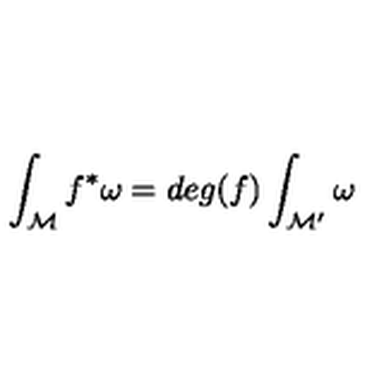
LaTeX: \int _ { \mathcal M } f ^ { * } \omega = d e g ( f ) \int _ { { \mathcal M } ^ { \prime } } \omega